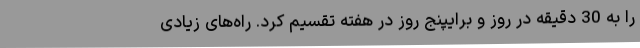
را به 30 دقیقه در روز و برایپنج روز در هفته تقسیم کرد. راه‌های زیادی